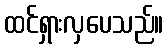
ထင်ရှားလှပေသည်။